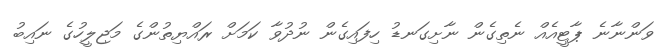
ވަންނާނެ ޕާޓީއެއް ނެތިގެން ނާށިގަނޑު ހިފައިގެން ނުދުވާ ކަމަށް ރައްޔިތުންގެ މަޖިލީހުގެ ނައިބު